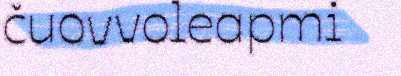
čuovvoleapmi